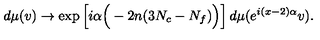
d \mu ( v ) \to \mathrm { e x p } \left[ i \alpha \Big ( - 2 n ( 3 N _ { c } - N _ { f } ) \Big ) \right] d \mu ( e ^ { i ( x - 2 ) \alpha } v ) .